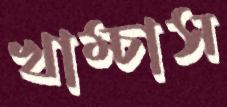
খাম্‌চাস